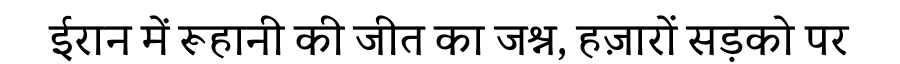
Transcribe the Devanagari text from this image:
ईरान में रूहानी की जीत का जश्न, हज़ारों सड़को पर